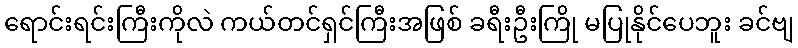
ရောင်းရင်းကြီးကိုလဲ ကယ်တင်ရှင်ကြီးအဖြစ် ခရီးဦးကြို မပြုနိုင်ပေဘူး ခင်ဗျ